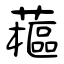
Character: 藲